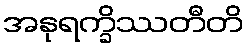
အနုရက္ခိဿတီတိ